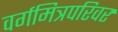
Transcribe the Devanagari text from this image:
वर्गमित्रपरिवर